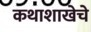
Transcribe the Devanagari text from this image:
कथाशाखेचे